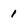
Character: 1